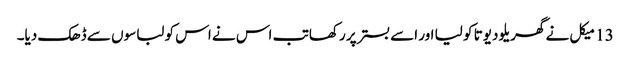
13 میکل نے گھریلو دیوتا کو لیا اور اسے بستر پر رکھا تب اس نے اس کو لباسوں سے ڈھک دیا۔